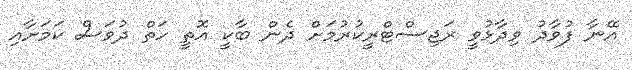
އޭނާ ފުވާދު ވިދާޅުވީ ރަޖިސްޓްރީކުރުމަށް ދެން ބާކީ އޮތީ ހަތް ދުވަސް ކަމަށާއި